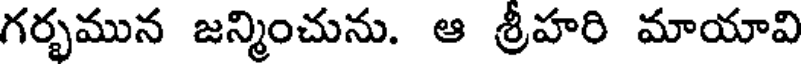
గర్భమున జన్మించును. ఆ శ్రీహరి మాయావి